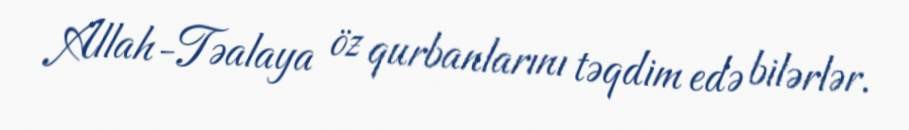
Allah-Təalaya öz qurbanlarını təqdim edə bilərlər.